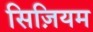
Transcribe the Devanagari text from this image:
सिज़ियम